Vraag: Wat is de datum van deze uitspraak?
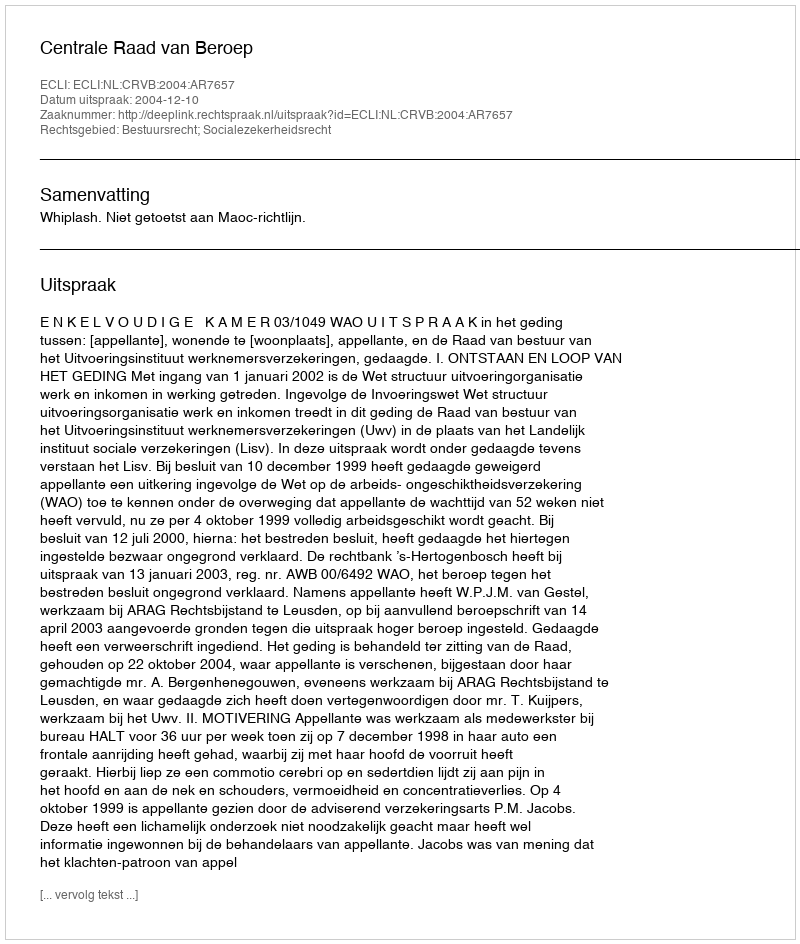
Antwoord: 2004-12-10